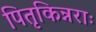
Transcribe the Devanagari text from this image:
पितृकिन्नराः